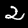
Digit: 2